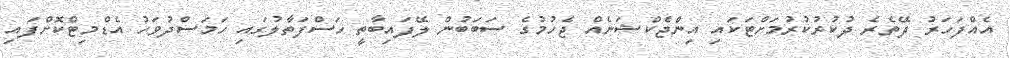
އެއްފަހަރު ދޭތެރެ ދުކުރުކުރުމަށްޓަކައި އިންޖެކްޝަނެއް ޖެހުމުގެ ސަބަބުން ލޭފައިބާތީ ހަސްފަތާލުގައި ހަމަސްދުވަހު އެޑްމިޓްކޮށްފައި